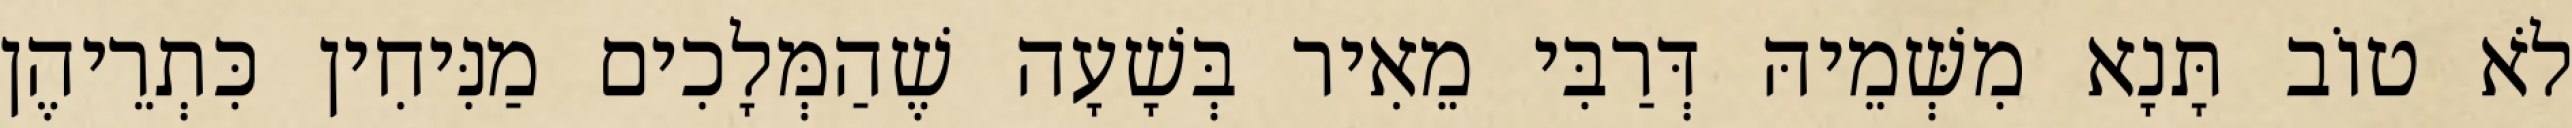
לֹא טוֹב תָּנָא מִשְּׁמֵיהּ דְּרַבִּי מֵאִיר בְּשָׁעָה שֶׁהַמְּלָכִים מַנִּיחִין כִּתְרֵיהֶן